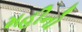
મહીનો